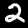
Label: 2